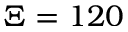
\Xi = 1 2 0